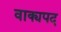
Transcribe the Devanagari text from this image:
वाक्यपद